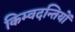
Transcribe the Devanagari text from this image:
किम्वदन्तियों